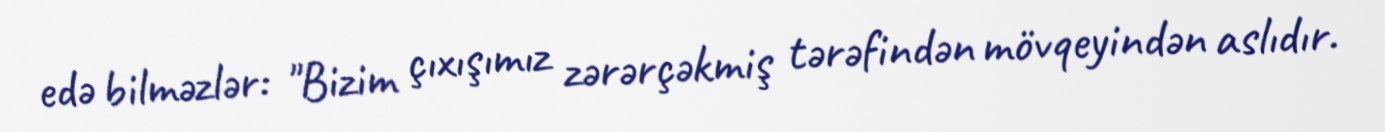
edə bilməzlər: "Bizim çıxışımız zərərçəkmiş tərəfindən mövqeyindən aslıdır.